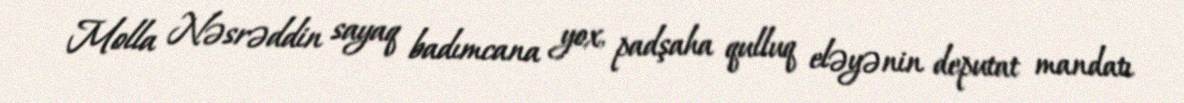
Molla Nəsrəddin sayaq badımcana yox, padşaha qulluq eləyənin deputat mandatı